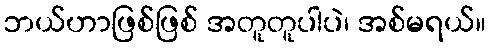
ဘယ်ဟာဖြစ်ဖြစ် အတူတူပါပဲ၊ အစ်မရယ်။